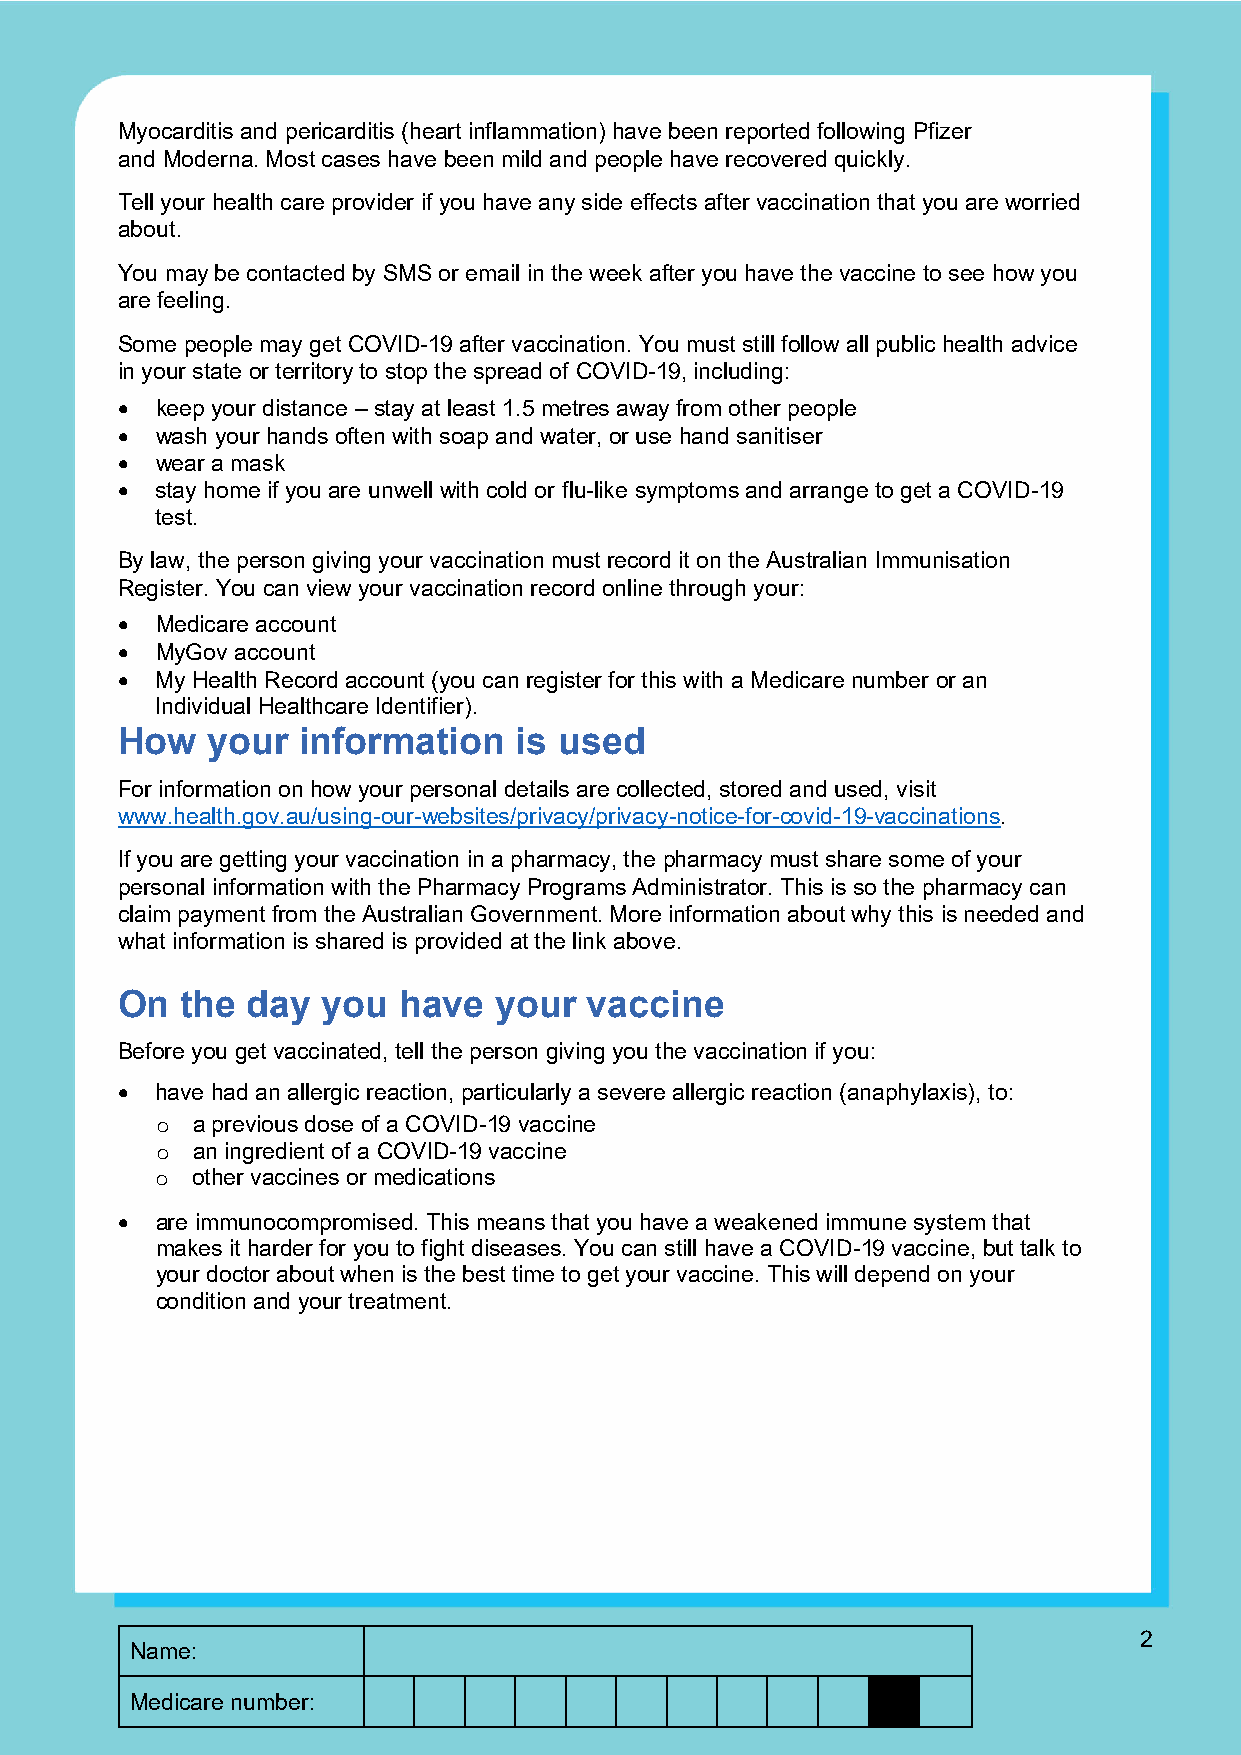
Myocarditis and pericarditis (heart inflammation) have been reported following Pfizer
 and Moderna. Most cases have been mild and people have recovered quickly.
 Tell your health care provider if you have any side effects after vaccination that you are worried
 about.
 You may be contacted by SMS or email in the week after you have the vaccine to see how you
 are feeling.
 Some people may get COVID-19 after vaccination. You must still follow all public health advice
 in your state or territory to stop the spread of COVID-19, including:
 • keep your distance – stay at least 1.5 metres away from other people
 • wash your hands often with soap and water, or use hand sanitiser
 • wear a mask
 • stay home if you are unwell with cold or flu-like symptoms and arrange to get a COVID-19
 test.
 By law, the person giving your vaccination must record it on the Australian Immunisation
 Register. You can view your vaccination record online through your:
 • Medicare account
 • MyGov account
 • My Health Record account (you can register for this with a Medicare number or an
 Individual Healthcare Identifier).
 How   your  information   is used
 For information on how your personal details are collected, stored and used, visit
 www.health.gov.au/using-our-websites/privacy/privacy-notice-for-covid-19-vaccinations.
 If you are getting your vaccination in a pharmacy, the pharmacy must share some of your
 personal information with the Pharmacy Programs Administrator. This is so the pharmacy can
 claim payment from the Australian Government. More information about why this is needed and
 what information is shared is provided at the link above.
 On  the day  you  have   your  vaccine
 Before you get vaccinated, tell the person giving you the vaccination if you:
 • have had an allergic reaction, particularly a severe allergic reaction (anaphylaxis), to:
 a previous dose of a COVID-19 vaccine
 o
 an ingredient of a COVID-19 vaccine
 o
 other vaccines or medications
 o
 • are immunocompromised. This means that you have a weakened immune system that
 makes it harder for you to fight diseases. You can still have a COVID-19 vaccine, but talk to
 your doctor about when is the best time to get your vaccine. This will depend on your
 condition and your treatment.
 2
 Name:
 Medicare number: